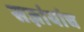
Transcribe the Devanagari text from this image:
सज्ञांयांच